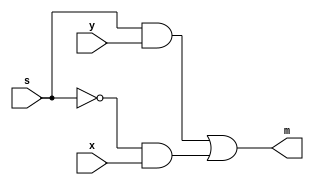
module mux2to1(x, y, s, m);
    input x; //select 0
    input y; //select 1
    input s; //select signal
    output m; //output
  
    assign m = s & y | ~s & x;
endmodule


module dflipflop (data, clock, reset, Q);

	input data,clock, reset;

	output reg  Q;
	
	always@(posedge clock)
		begin
			if(reset == 1'b1)
				Q <= 1'b0;
			else
				Q <=data;
		end

endmodule